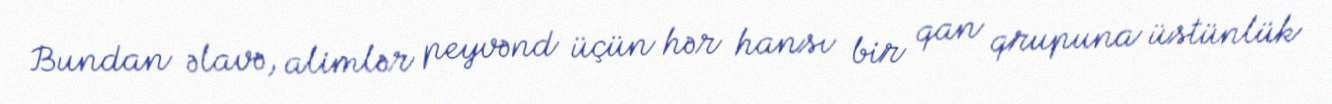
Bundan əlavə, alimlər peyvənd üçün hər hansı bir qan qrupuna üstünlük